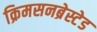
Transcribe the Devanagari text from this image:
क्रिमसनब्रेस्टेड